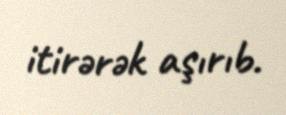
itirərək aşırıb.